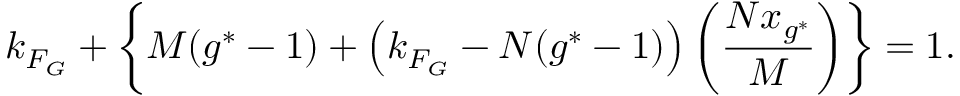
k _ { F _ { G } } + \left\{ M ( g ^ { * } - 1 ) + \left( k _ { F _ { G } } - N ( g ^ { * } - 1 ) \right) \left( \frac { N x _ { g ^ { * } } } { M } \right) \right\} = 1 .